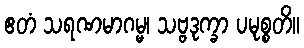
ဧတံ သရဏမာဂမ္မ၊ သဗ္ဗဒုက္ခာ ပမုစ္စတိ။